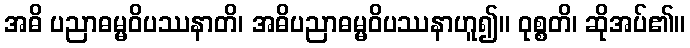
အဓိ ပညာဓမ္မဝိပဿနာတိ၊ အဓိပညာဓမ္မဝိပဿနာဟူ၍။ ဝုစ္စတိ၊ ဆိုအပ်၏။